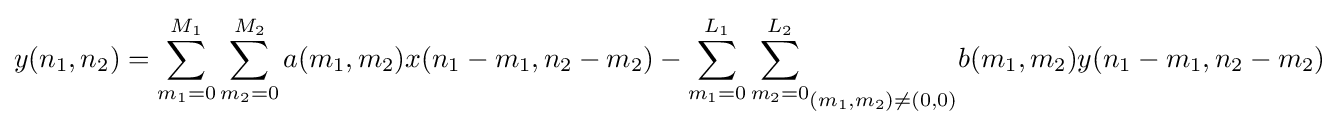
y(n_{1},n_{2})=\sum _{m_{1}=0}^{M_{1}}\sum _{m_{2}=0}^{M_{2}}a(m_{1},m_{2})x(n_{1}-m_{1},n_{2}-m_{2})-{\sum _{m_{1}=0}^{L_{1}}\sum _{m_{2}=0}^{L_{2}}}_{(m_{1},m_{2})\neq (0,0)}b(m_{1},m_{2})y(n_{1}-m_{1},n_{2}-m_{2})